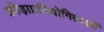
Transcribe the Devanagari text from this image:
क्रीड़ाप्रतियोगिताओं